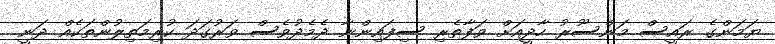
ޔަމަންގެ ރައީސް މަންސޫރު ހާދީއަށް ވަފާތެރި ސިފައިންނާ ދެމެދުވެސް ވަރުގަދަ ކުރިމަތިލުންތަކެއް ދަނީ